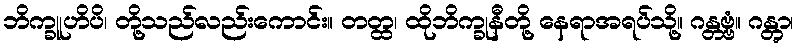
ဘိက္ခူဟိပိ၊ တို့သည်လည်းကောင်း။ တတ္ထ၊ ထိုဘိက္ခုနီတို့ နေရာအရပ်သို့။ ဂန္တဗ္ဗံ။ ဂန္တွာ၊